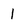
Character: l